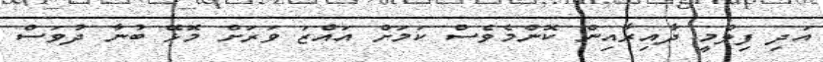
އަދި ފިލްމީ ދާއިރާއިން ކޮންމެވެސް ކަމަށް އައްޒަ ވަރަށް މޮޅޭ ބުނާ ދުވަސް